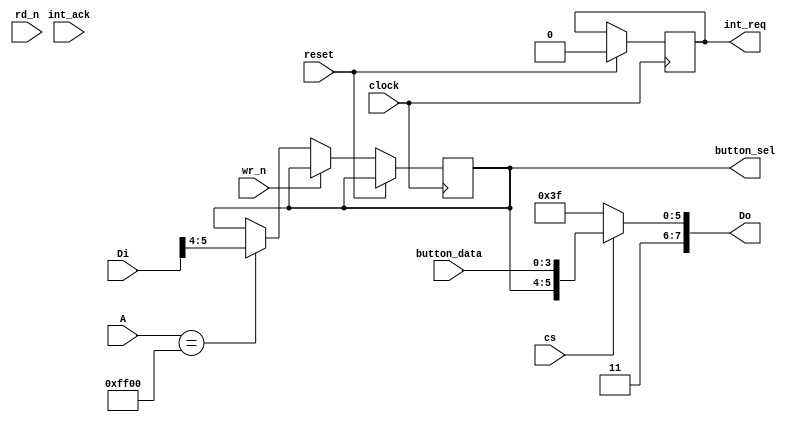
`default_nettype none
`timescale 1ns / 1ps

module joypad_controller(
  input  wire        clock,
  input  wire        reset,
  input  wire        int_ack,  
  output reg         int_req,
  input  wire [15:0] A,
  input  wire  [7:0] Di,
  output wire  [7:0] Do,
  input  wire        rd_n,
  input  wire        wr_n,
  input  wire        cs,
  output reg   [1:0] button_sel,
  input  wire  [3:0] button_data
);
  
  ////////////////////////////////////////////////
  // Joypad Registers
  // 
  // JOYP - Joypad (FF00)
  //   Bit 5: 0 <= select button keys (R/W)
  //   Bit 4: 0 <= select direction keys (R/W)
  //   Bit 3: 0 <= Down  or Start
  //   Bit 2: 0 <= Up    or Select
  //   Bit 1: 0 <= Left  or B
  //   Bit 0: 0 <= Right or A
  ////////////////////////////////////////////////

  always @(posedge clock) begin
    if (reset)
      int_req <= 0;
    else begin
      if (!wr_n) begin
        if (A == 16'hFF00)
          button_sel <= Di[5:4];
      end
    end
  end

  assign Do = (cs) ? { 2'b11, button_sel[1:0], button_data[3:0] } : 8'hFF;

endmodule